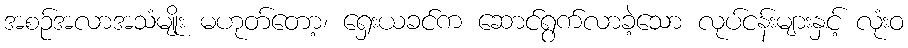
အစဉ်အလာအသံမျိုး မဟုတ်တော့၊ ရှေးယခင်က ဆောင်ရွက်လာခဲ့သော လုပ်ငန်းများနှင့် လုံးဝ